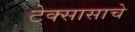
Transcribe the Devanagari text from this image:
टेक्सासाचे